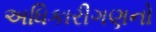
અધિકારીગણનો